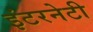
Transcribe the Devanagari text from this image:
इंटरनेटी